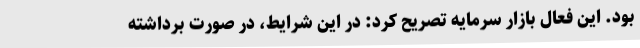
بود. این فعال بازار سرمایه تصریح کرد: در این شرایط، در صورت برداشته